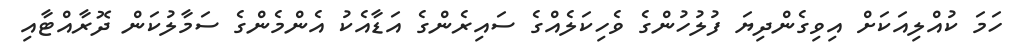
ހަމަ ކުއްލިއަކަށް އިވިގެންދިޔަ ފުލުހުންގެ ވެހިކަލެއްގެ ސައިރެންގެ އަޑާއެކު އެންމެންގެ ސަމާލުކަން ދޮރާއްޓާއި